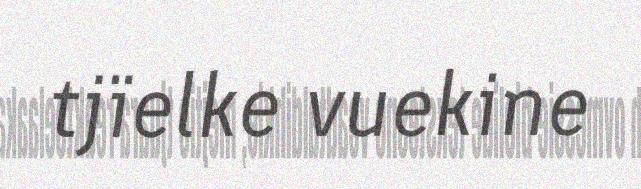
tjïelke vuekine